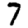
Digit: 7